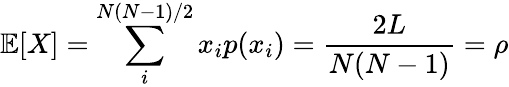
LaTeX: \mathbb{E}[X]=\sum_{i}^{N(N-1)/2}x_{i}p(x_{i})=\frac{2L}{N(N-1)}=\rho